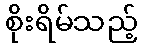
စိုးရိမ်သည့်